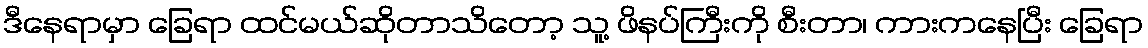
ဒီနေရာမှာ ခြေရာ ထင်မယ်ဆိုတာသိတော့ သူ့ ဖိနပ်ကြီးကို စီးတာ၊ ကားကနေပြီး ခြေရာ